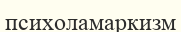
психоламаркизм